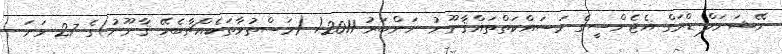
ނޭޝަނަލް ޑްރަގް އެޖެންސީގެ މަސައްކަތްތައްޤާނޫނު ނަންބަރު 2011/ (މަސްތުވާތަކެއްޗާބެހޭ ޤާނޫނު)ގެ 27 ވަނަ